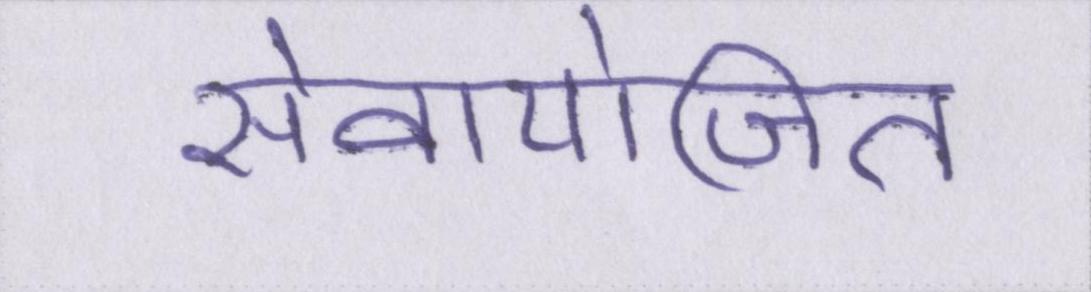
सेवायोजित